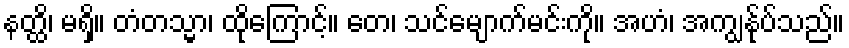
နတ္ထိ၊ မရှိ။ တံတသ္မာ၊ ထိုကြောင့်။ တေ၊ သင်မျောက်မင်းကို။ အဟံ၊ အကျွန်ုပ်သည်။